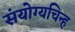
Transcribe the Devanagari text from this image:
संयोग्यचिन्ह